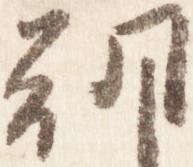
朝